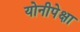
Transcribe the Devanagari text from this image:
योनीपेक्षा